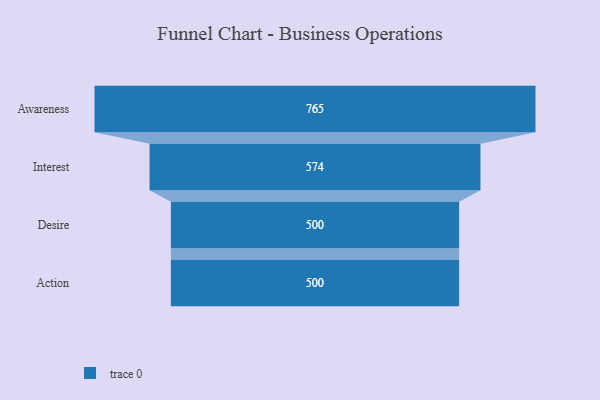
{"axis": {"x": "Stage", "y": "Value"}, "legend": [""], "data": [{"x": "Awareness", "y": 765.0, "type": ""}, {"x": "Interest", "y": 574.0, "type": ""}, {"x": "Desire", "y": 500, "type": ""}, {"x": "Action", "y": 500, "type": ""}]}